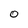
Character: O